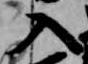
入